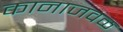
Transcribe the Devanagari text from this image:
कानाजवळ